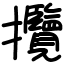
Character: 攬